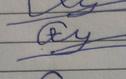
Signature authenticity: forged